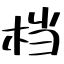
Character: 档